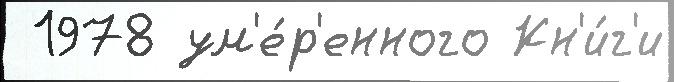
 1978 ум'е́р'енного Кн'и́г'и